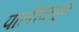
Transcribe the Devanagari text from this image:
पालीकडून